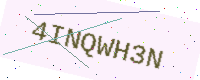
Text: 4INQWH3N